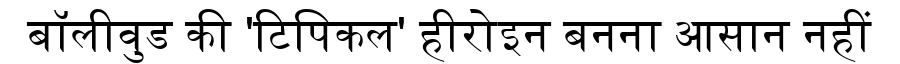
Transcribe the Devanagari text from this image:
बॉलीवुड की 'टिपिकल' हीरोइन बनना आसान नहीं